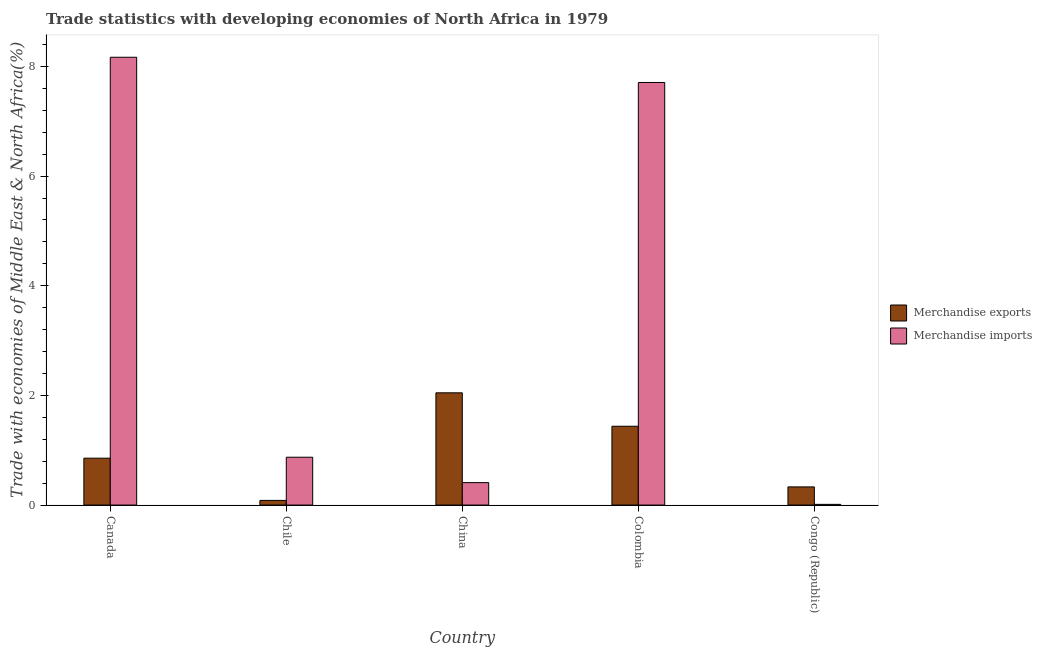
| Country | Merchandise exports | Merchandise imports |
 | --- | --- | --- |
 | Canada | 0.855 | 8.17 |
 | Chile | 0.0852 | 0.873 |
 | China | 2.05 | 0.409 |
 | Colombia | 1.44 | 7.71 |
 | Congo (Republic) | 0.331 | 0.013 |